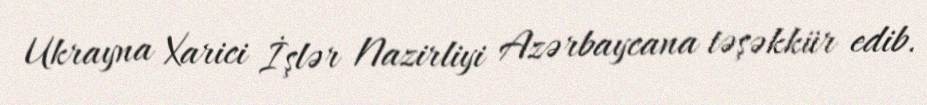
Ukrayna Xarici İşlər Nazirliyi Azərbaycana təşəkkür edib.